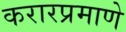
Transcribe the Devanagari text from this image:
करारप्रमाणे